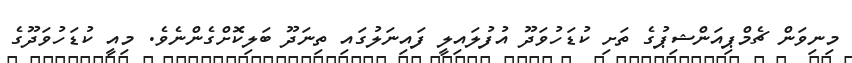
މިނިވަން ޗެމްޕިއަންޝިޕުގެ ތަށި ކުޑަހުވަދޫ އުފުލައިލީ ފައިނަލުގައި ތިނަދޫ ބަލިކޮށްގެންނެވެ. މިއީ ކުޑަހުވަދޫގެ